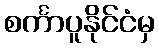
စင်္ကာပူနိုင်ငံမှ